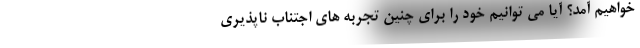
خواهیم آمد؟ آیا می توانیم خود را برای چنین تجربه های اجتناب ناپذیری